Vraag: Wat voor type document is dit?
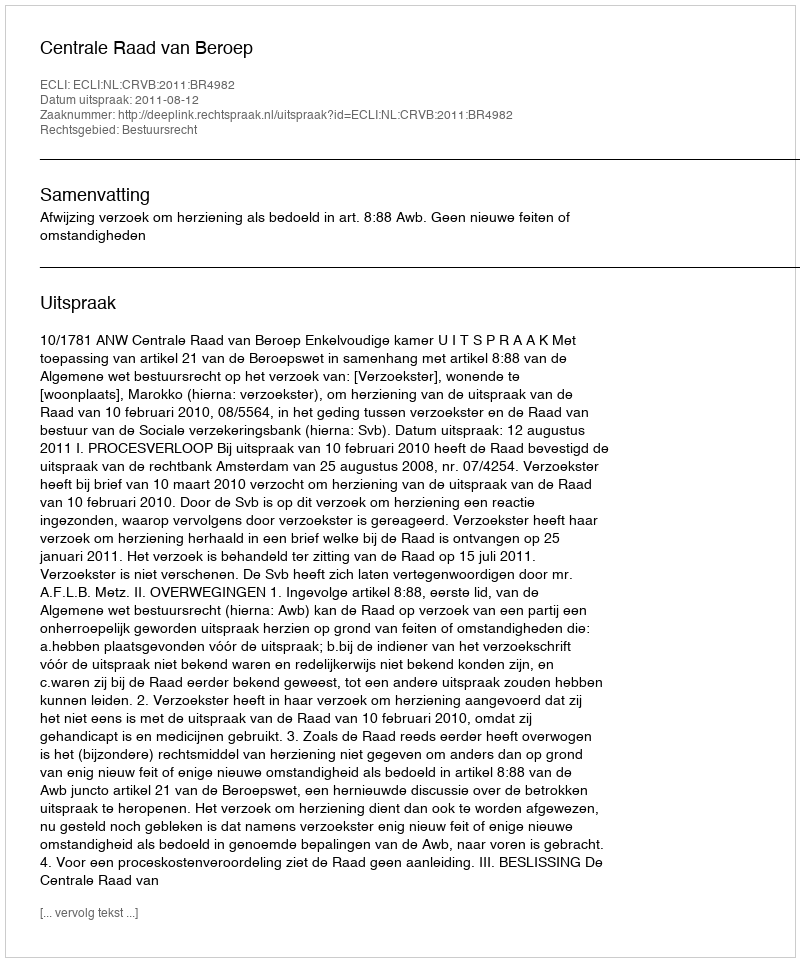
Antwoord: Uitspraak